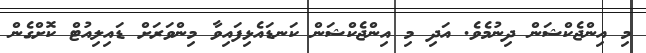
މި އިންޖެކްޝަން ދިނުމެވެ. އަދި މި އިންޖެކްޝަން ކަނޑައެޅިފައިވާ މިންވަރަށް ޑައިލިއުޓް ކޮށްގެން